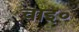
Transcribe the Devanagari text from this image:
वाइ॰